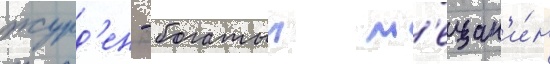
журд'ен - богатыи м'ещан'и́н